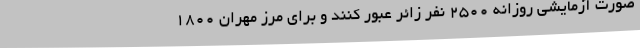
صورت آزمایشی روزانه ۲۵۰۰ نفر زائر عبور کنند و برای مرز مهران ۱۸۰۰